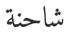
شاحنة